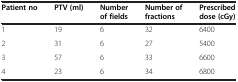
| Patient no | PTV (ml) | Number of fields | Number of fractions | Prescribed dose (cGy) |
 | --- | --- | --- | --- | --- |
 | 1 | 19 | 6 | 32 | 6400 |
 | 2 | 31 | 6 | 27 | 5400 |
 | 3 | 57 | 6 | 33 | 6600 |
 | 4 | 23 | 6 | 34 | 6800 |